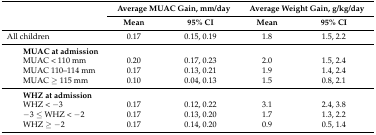
| <ROWSPAN=2>  | <COLSPAN=2> Average MUAC Gain, mm/day | <COLSPAN=2> Average Weight Gain, g/kg/day |
 | Mean | 95% CI | Mean | 95% CI |
 | --- | --- | --- | --- | --- |
 | All children | 0.17 | 0.15, 0.19 | 1.8 | 1.5, 2.2 |
 | MUAC at admission |  |  |  |  |
 | MUAC < 110 mm | 0.20 | 0.17, 0.23 | 2.0 | 1.5, 2.4 |
 | MUAC 110–114 mm | 0.17 | 0.13, 0.21 | 1.9 | 1.4, 2.4 |
 | MUAC ≥ 115 mm | 0.10 | 0.04, 0.13 | 1.5 | 0.8, 2.1 |
 | WHZ at admission |  |  |  |  |
 | WHZ < −3 | 0.17 | 0.12, 0.22 | 3.1 | 2.4, 3.8 |
 | −3 ≤ WHZ < −2 | 0.17 | 0.13, 0.20 | 1.7 | 1.3, 2.2 |
 | WHZ ≥ −2 | 0.17 | 0.14, 0.20 | 0.9 | 0.5, 1.4 |